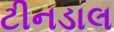
ટીનડાલ